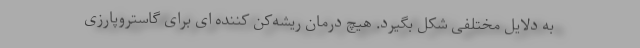
به دلایل مختلفی شکل بگیرد. هیچ درمان ریشه‌کن کننده ای برای گاستروپارزی